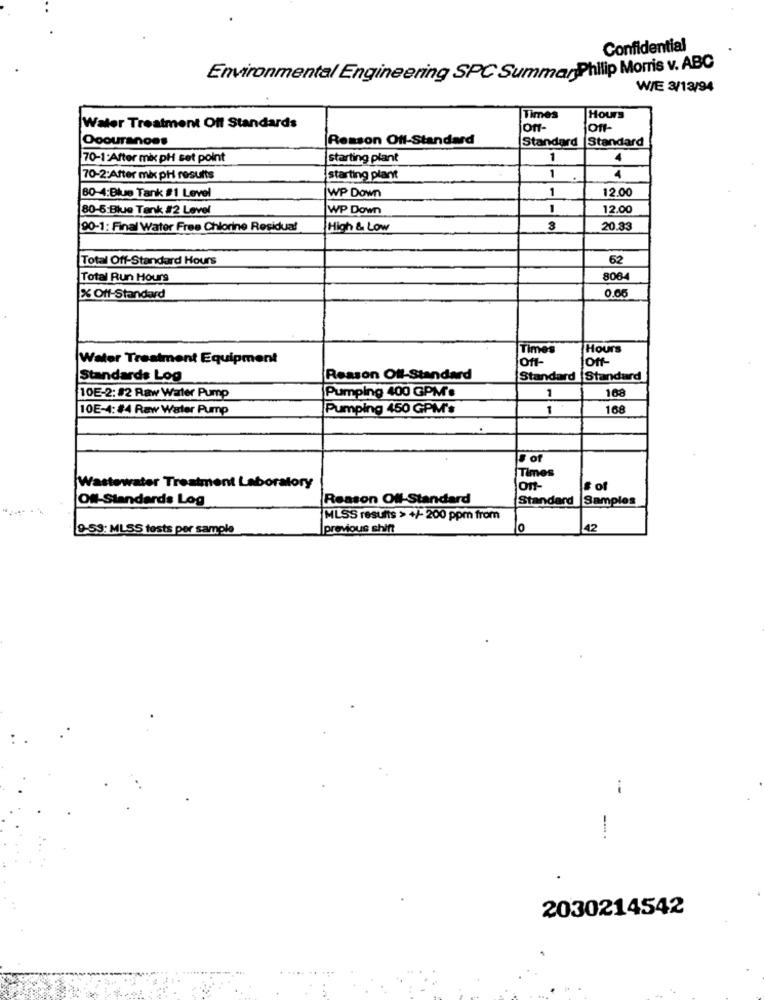
Confidential
Environmental Engineering SPC SummarPhilip Morris v. ABC
WIE 3/13/94
Hours
Times
|Water Treatment Off Standards
off-
Ooouranoes
Resson Off-Standard
Standard
Standard
70-1:After mix pH set point
starting plant
1
4
70-2:After mix pH results
starting plant
1
4
1
12.00
80-4:Blue Tank #1 Level
WP Down
80-5:Blue Tank #2 Level
WP Down
1
12.00
90-1: Final Water Free Chlorine Residual
High & Low
3
20.33
Total Off-Standard Hours
62
Total Run Hours
806
% Off-Standard
Times
Hours
Water Treatment Equipment
Off-
off-
Standards Log
Reason Off-Standard
Standard |Standard
Pumping 400 GPM's
168
10E-2: 82 Raw Water Pump
1
10E-4:#4 Raw Water Pump
Pumping 450 GPM's
1
168
· of
Times
Wastewater Treatment Laboratory
Ont-
# of
ON-Standards Log
Reason Off-Standard
Standard Samples
MLS'S resuns > +/-200 ppm from
9-59: MLSS tests per sample
previous shift
O
42
--
2030214542
....